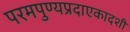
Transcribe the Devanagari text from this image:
परमपुण्यप्रदाएकादशी